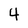
Character: 4